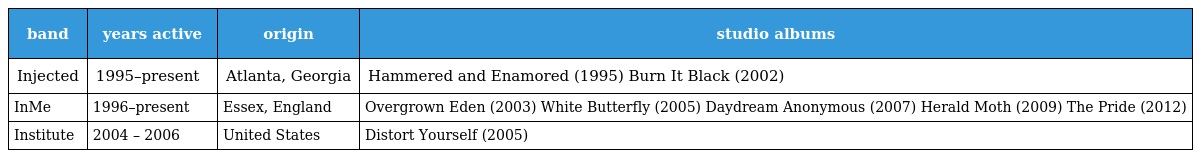
| band | years active | origin | studio albums |
 | --- | --- | --- | --- |
 | Injected | 1995–present | Atlanta, Georgia | Hammered and Enamored (1995) Burn It Black (2002) |
 | InMe | 1996–present | Essex, England | Overgrown Eden (2003) White Butterfly (2005) Daydream Anonymous (2007) Herald Moth (2009) The Pride (2012) |
 | Institute | 2004 – 2006 | United States | Distort Yourself (2005) |